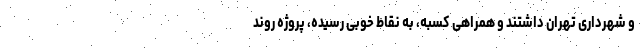
و شهرداری تهران داشتند و همراهی کسبه، به نقاط خوبی رسیده، پروژه روند